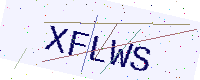
Text: XFLWS